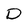
Character: D